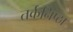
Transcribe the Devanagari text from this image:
तर्कनिष्ठा